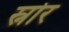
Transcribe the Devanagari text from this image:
स्नोर